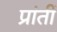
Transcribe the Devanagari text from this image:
प्रांतीं